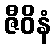
ဇီဝိနံ